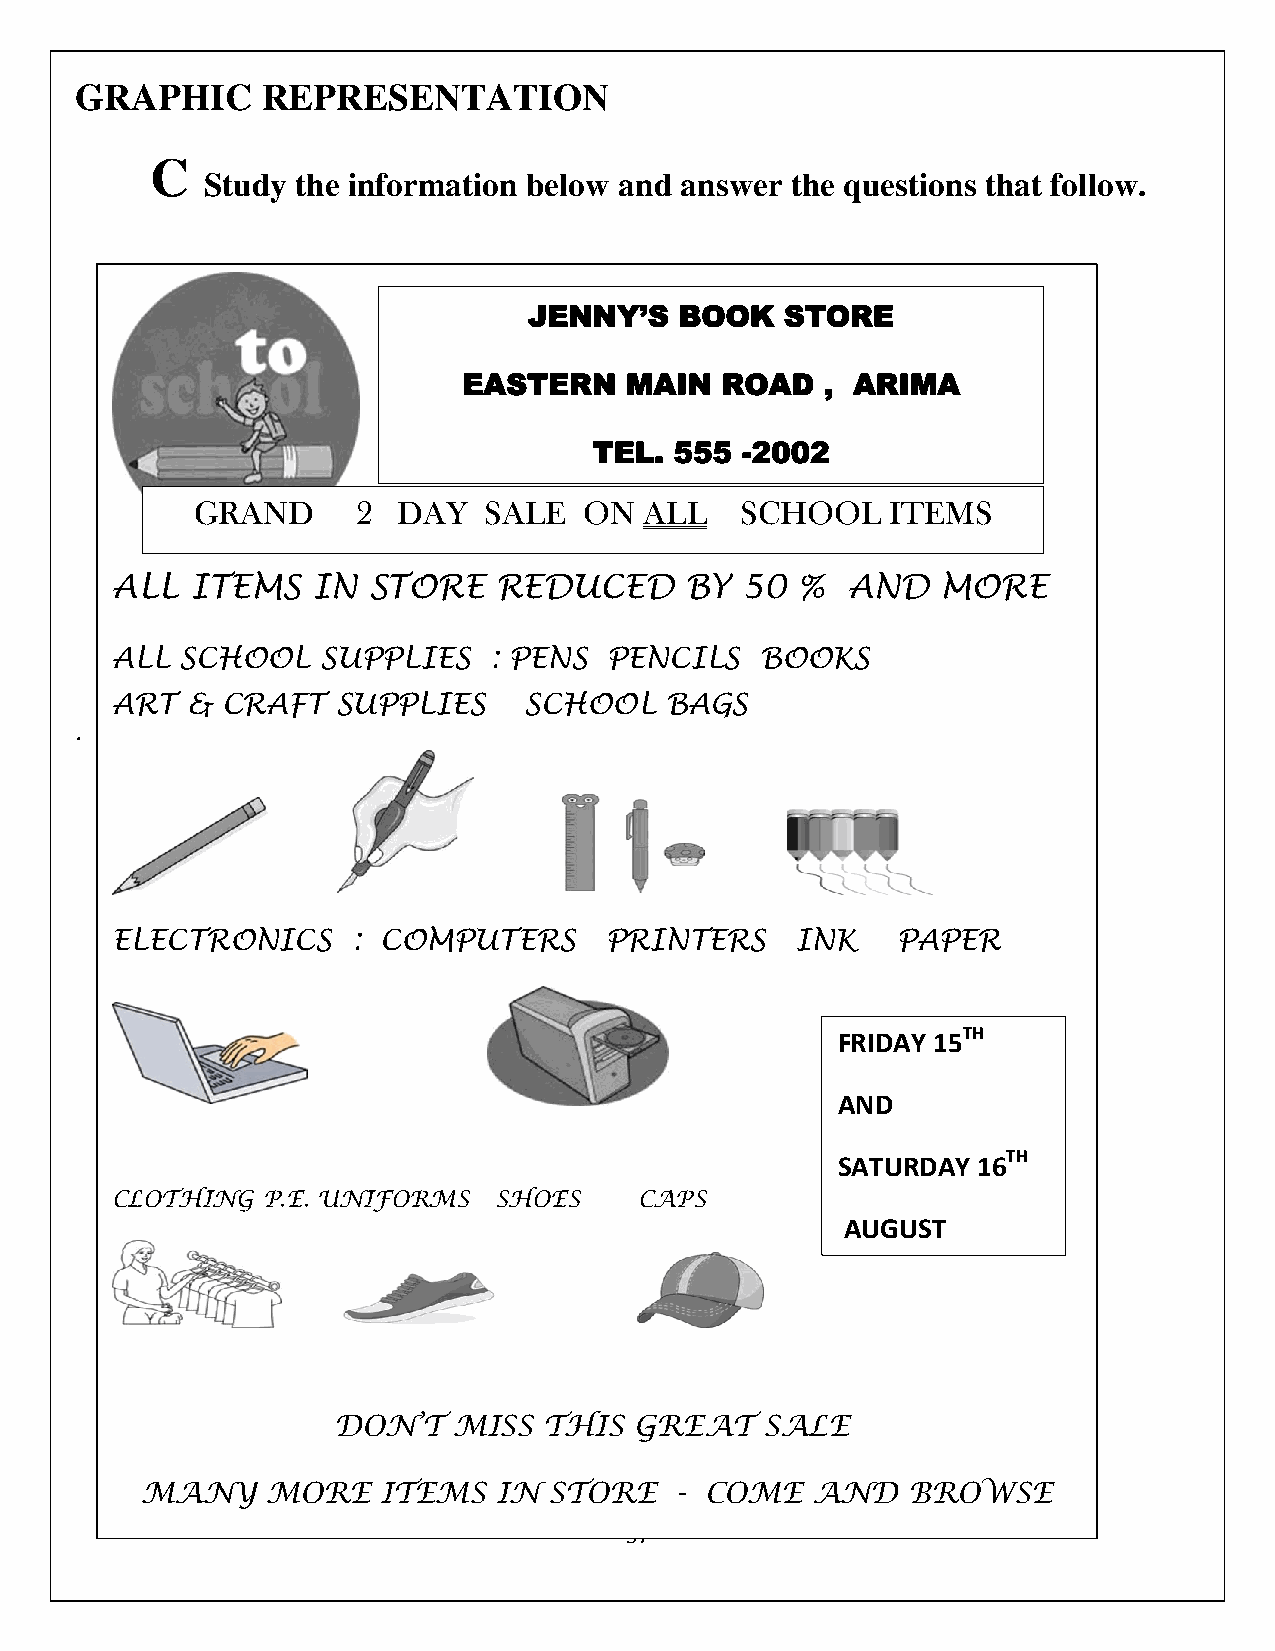
GRAPHIC     REPRESENTATION
 C
 Study  the information below and answer the questions that follow.
 JENNY’S   BOOK   STORE
 EASTERN   MAIN   ROAD   , ARIMA
 TEL.  555 -2002
 GRAND      2 DAY   SALE   ON  ALL   SCHOOL    ITEMS
 ALL   ITEMS   IN STORE    REDUCED     BY  50  %  AND   MORE
 ALL  SCHOOL   SUPPLIES   : PENS  PENCILS   BOOKS
 ART  &  CRAFT  SUPPLIES     SCHOOL   BAGS
 .
 ELECTRONICS     : COMPUTERS      PRINTERS     INK   PAPER
 FRIDAY 15TH
 AND
 SATURDAY  16TH
 CLOTHING  P.E. UNIFORMS   SHOES    CAPS
 AUGUST
 DON’T   MISS  THIS  GREAT    SALE
 MANY     MORE   ITEMS   IN STORE    - COME   AND   BROWSE
 57